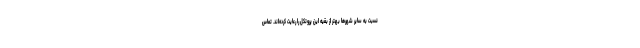
نسبت به سایر شهرها بهتر از بقیه این پروتکل را رعایت کرده‌اند. تماس